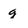
Character: g